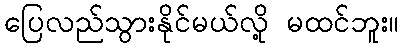
ပြေလည်သွားနိုင်မယ်လို့ မထင်ဘူး။